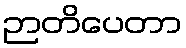
ဉာတိပေတာ